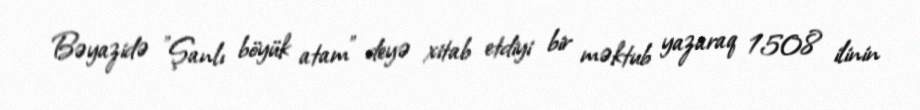
Bəyazidə "Şanlı böyük atam" deyə xitab etdiyi bir məktub yazaraq 1508 ilinin